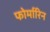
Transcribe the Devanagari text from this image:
फोर्मारिन